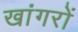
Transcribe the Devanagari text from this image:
खांगरों